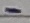
Text: -